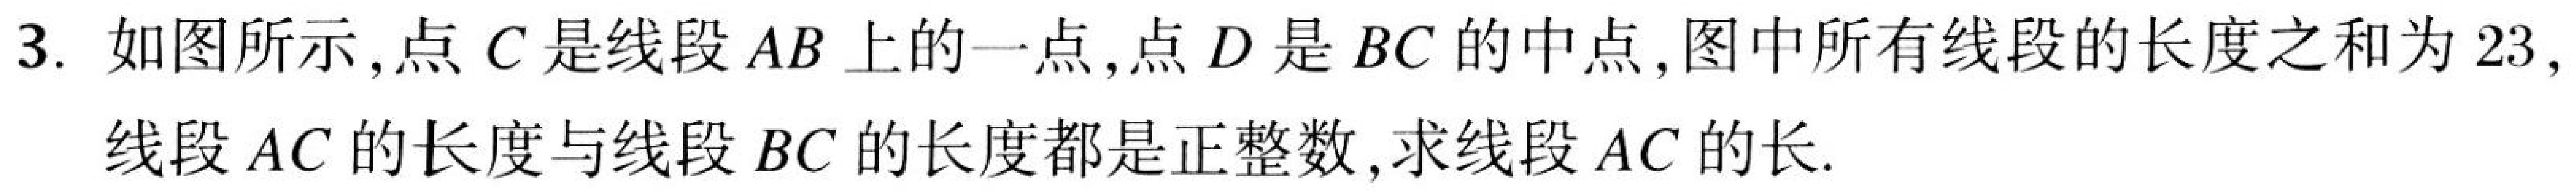
3. 如图所示，点\(C\)是线段\(AB\)上的一点，点\(D\)是\(BC\)的中点，图中所有线段的长度之和为\(23\)，
线段\(AC\)的长度与线段\(BC\)的长度都是正整数，求线段\(AC\)的长.